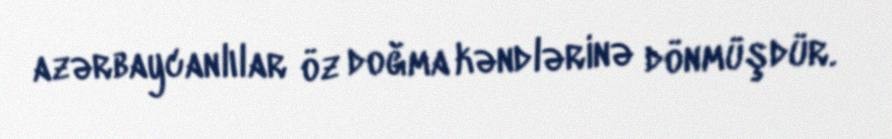
azərbaycanlılar öz doğma kəndlərinə dönmüşdür.